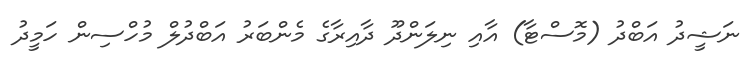
ނަޝީދު އަބްދު (މޮސްޓާ) އާއި ނިލަންދޫ ދާއިރާގެ މެންބަރު އަބްދުލް މުހްސިން ހަމީދު